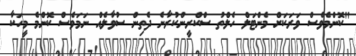
"ކޮންމެވެސް ވަރަކަށް މެންޓަލް ހެލްތު ސްކްރީންކުރާނެ ދެތިން ސުވާލެއް ނަމަވެސް ކޮންމެ މީހަކާ